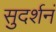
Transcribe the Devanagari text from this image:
सुदर्शनं